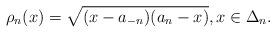
LaTeX: \begin{align*}\rho_n(x)=\sqrt{(x-a_{-n})(a_n-x)},x\in \Delta_n.\end{align*}